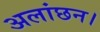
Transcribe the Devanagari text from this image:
अलांछन।